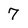
Character: 7